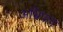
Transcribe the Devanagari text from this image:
अभ्रिपाय